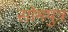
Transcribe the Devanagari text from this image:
सोमपुत्र